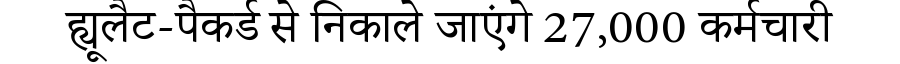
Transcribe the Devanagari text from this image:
ह्यूलैट-पैकर्ड से निकाले जाएंगे 27,000 कर्मचारी